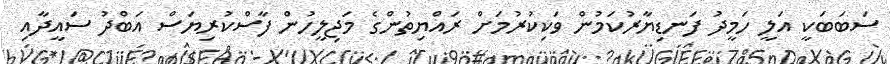
ސަބަބަކީ އަލީ ހަމީދު ފަނޑިޔާރުކަމުން ވަކިކުރުމަށް ރައްޔިތުންގެ މަޖިލީހުން ފާސްކުރިޔަސް އަބްދު ސައީދާއި